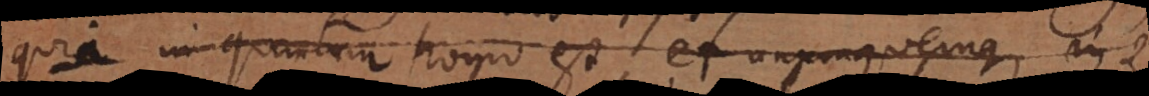
quia in quantum homo est, et unumquemque in